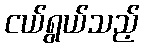
ငယ်ရွယ်သည့်